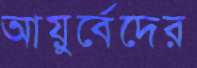
আয়ুর্বেদের